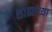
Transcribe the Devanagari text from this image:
शाह्यांच्या